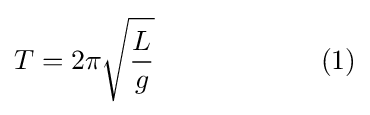
T=2\pi {\sqrt {\frac {L}{g}}}\qquad \qquad \qquad (1)